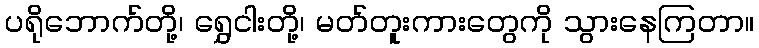
ပရိုဘောက်တို့၊ ရွှေငါးတို့၊ မတ်တူးကားတွေကို သွားနေကြတာ။